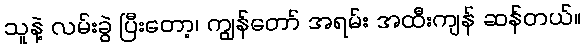
သူနဲ့ လမ်းခွဲ ပြီးတော့၊ ကျွန်တော် အရမ်း အထီးကျန် ဆန်တယ်။